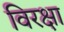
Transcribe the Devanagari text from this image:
विरक्षा